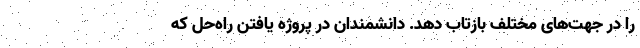
را در جهت‌های مختلف بازتاب دهد. دانشمندان در پروژه یافتن راه‌حل که